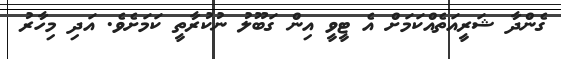
ގެންދާ ޝަރީއަތެއްކަމަށް އެ ޓީވީ އިން ގަބޫލު ނުކުރާތީ ކަމަށެވެ. އަދި މިހާރު